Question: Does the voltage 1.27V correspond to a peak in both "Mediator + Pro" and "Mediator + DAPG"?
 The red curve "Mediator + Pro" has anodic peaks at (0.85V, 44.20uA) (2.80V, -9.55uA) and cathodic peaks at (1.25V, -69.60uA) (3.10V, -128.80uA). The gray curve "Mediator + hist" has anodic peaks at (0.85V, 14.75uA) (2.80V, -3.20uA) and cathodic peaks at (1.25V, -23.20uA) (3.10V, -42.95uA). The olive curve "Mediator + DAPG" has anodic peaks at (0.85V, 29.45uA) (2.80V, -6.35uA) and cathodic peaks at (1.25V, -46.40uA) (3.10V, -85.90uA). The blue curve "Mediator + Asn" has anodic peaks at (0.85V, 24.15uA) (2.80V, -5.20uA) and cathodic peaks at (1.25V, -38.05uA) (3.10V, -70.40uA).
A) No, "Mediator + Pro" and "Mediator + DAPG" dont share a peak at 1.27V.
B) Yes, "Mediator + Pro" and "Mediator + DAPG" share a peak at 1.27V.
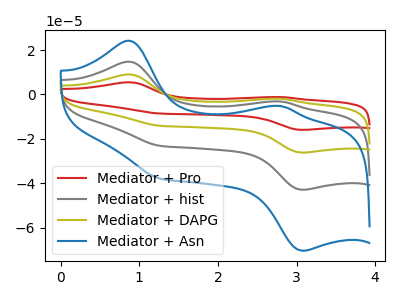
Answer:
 <answer>B) Yes, "Mediator + Pro" and "Mediator + DAPG" share a peak at 1.27V.</answer>
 <eval>B</eval>